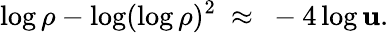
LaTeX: \log\rho-\log(\log\rho)^{2}~\approx~-4\log\mathbf{u}.